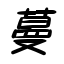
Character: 蔓